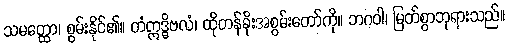
သမတ္ထော၊ စွမ်းနိုင်၏။ တံဣဒ္ဓိဗလံ၊ ထိုတန်ခိုးအစွမ်းတော်ကို။ ဘဂဝါ၊ မြတ်စွာဘုရားသည်။